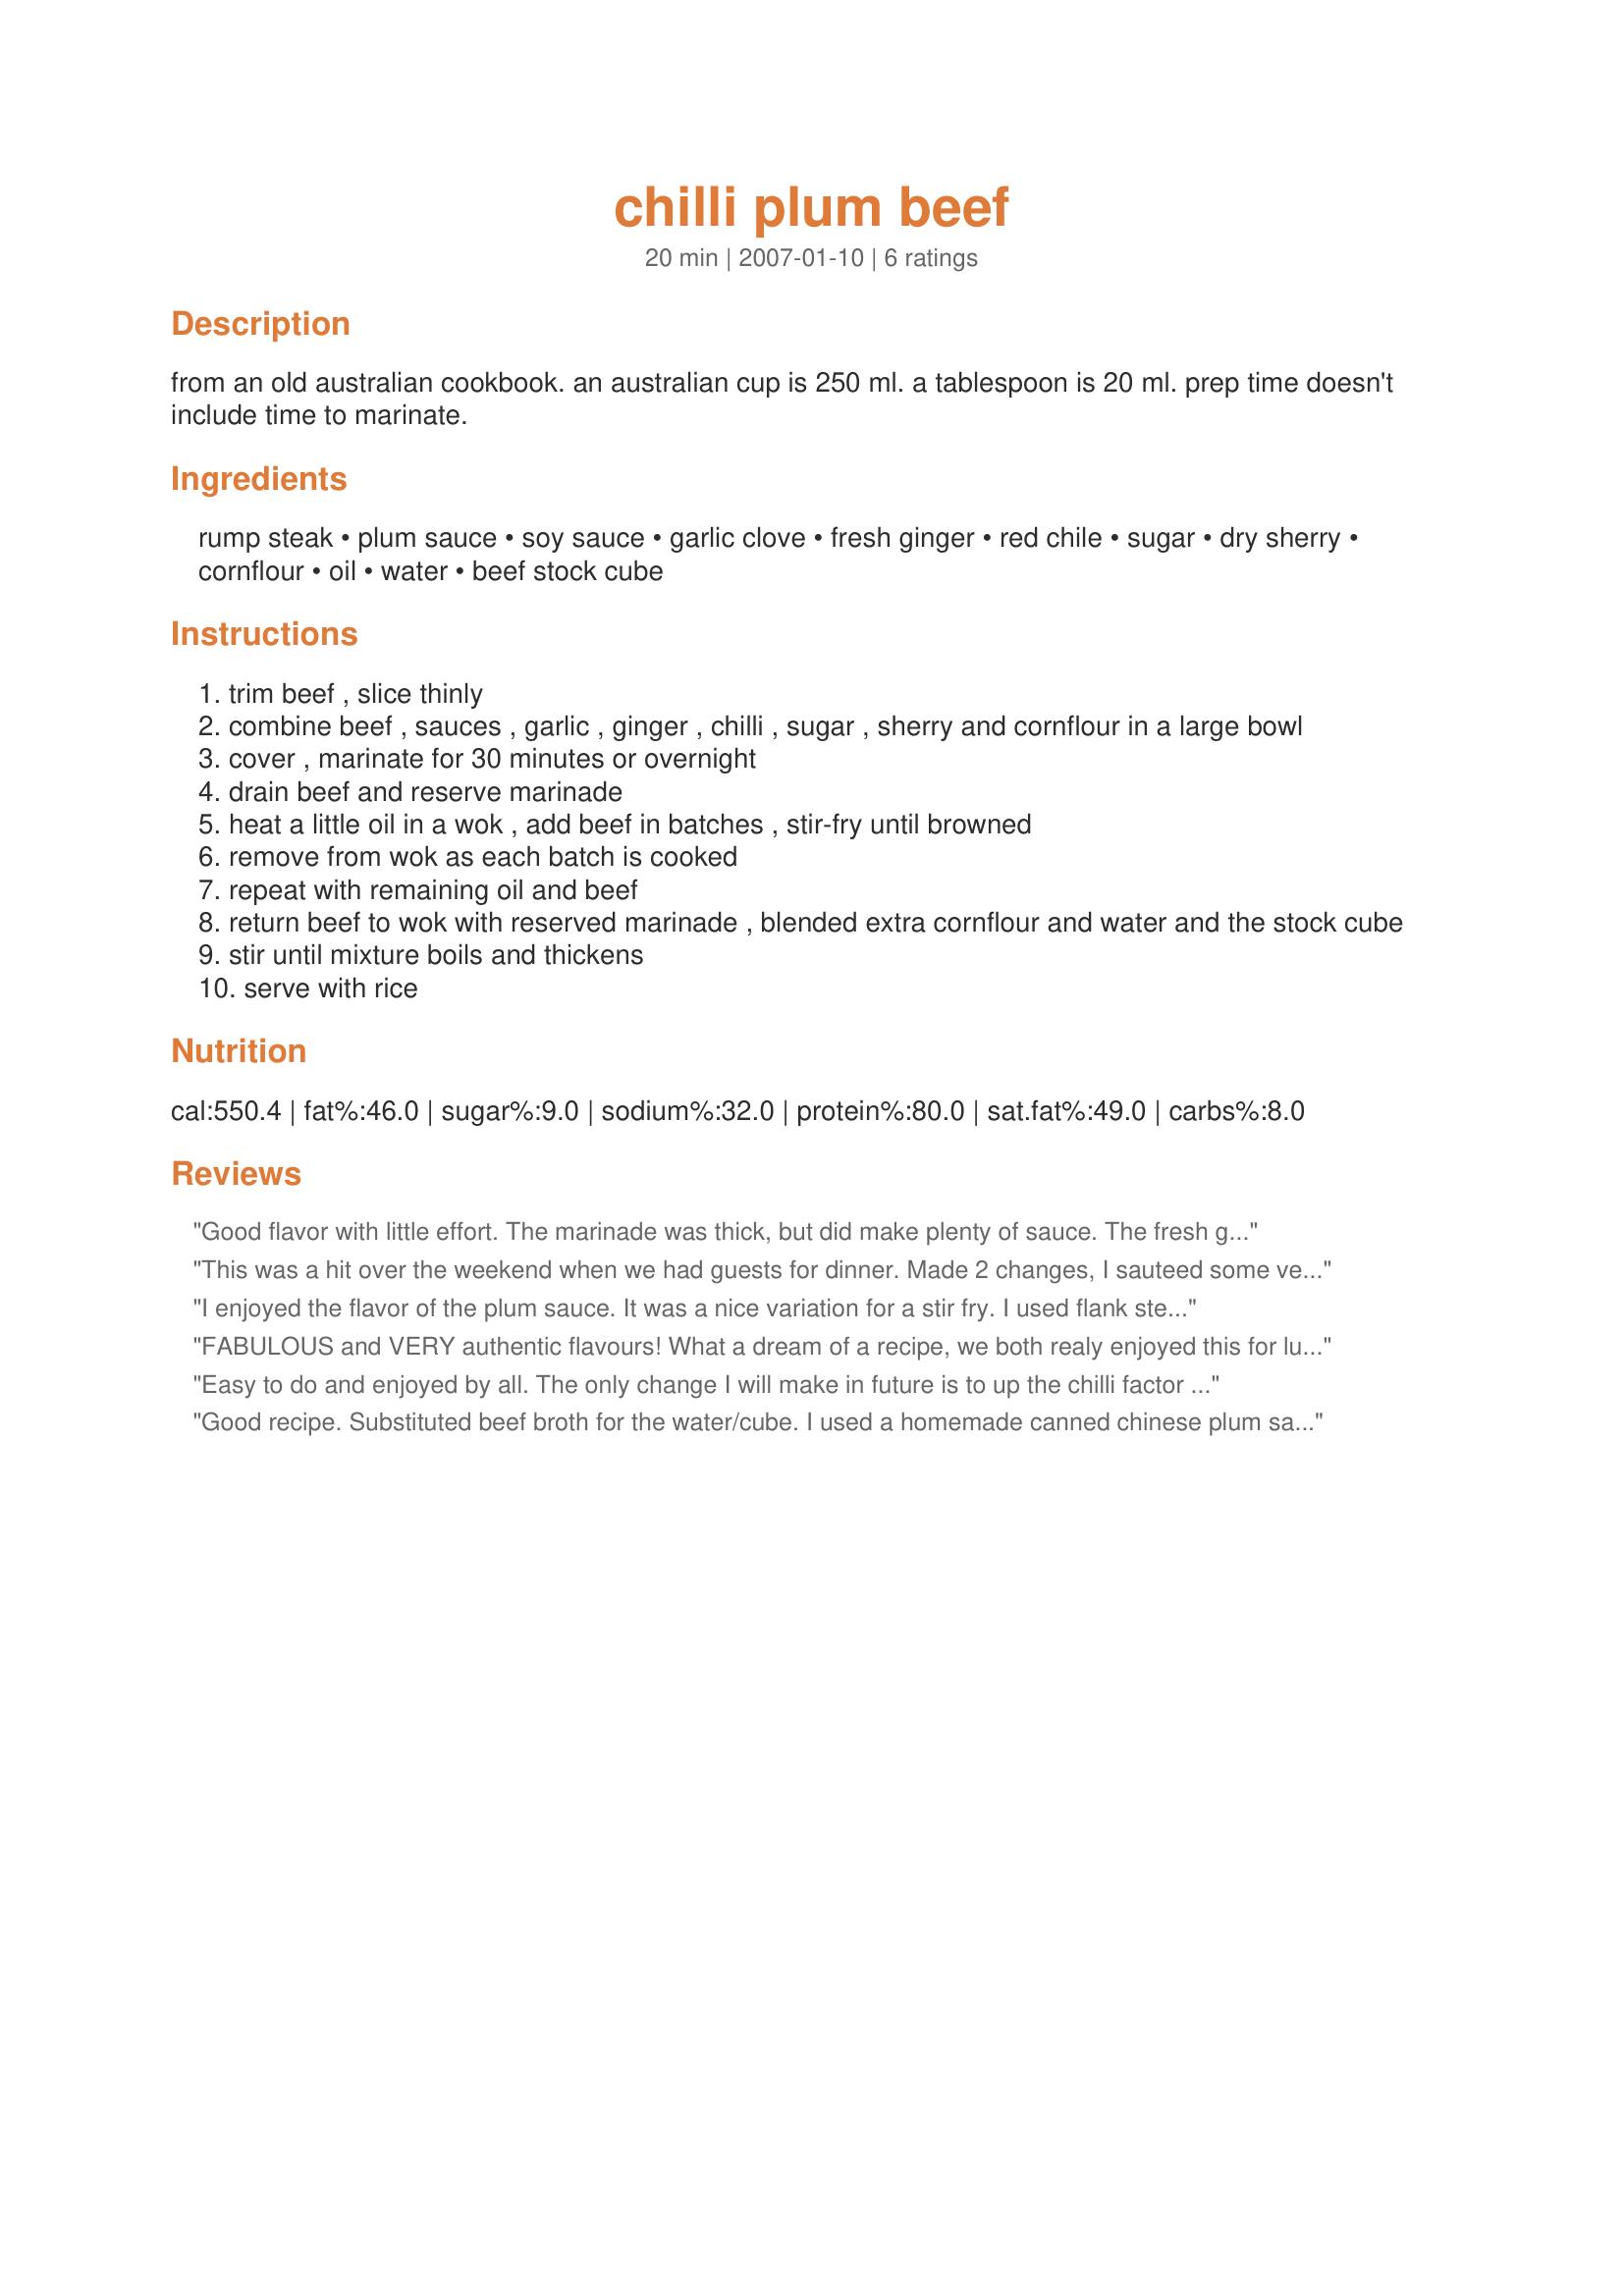
chilli plum beef
Preparation time: 20 minutes

from an old australian cookbook. an australian cup is 250 ml. a tablespoon is 20 ml. prep time doesn't include time to marinate.

Ingredients:
rump steak, plum sauce, soy sauce, garlic clove, fresh ginger, red chile, sugar, dry sherry, cornflour, oil, water, beef stock cube

Steps:
trim beef , slice thinly
combine beef , sauces , garlic , ginger , chilli , sugar , sherry and cornflour in a large bowl
cover , marinate for 30 minutes or overnight
drain beef and reserve marinade
heat a little oil in a wok , add beef in batches , stir-fry until browned
remove from wok as each batch is cooked
repeat with remaining oil and beef
return beef to wok with reserved marinade , blended extra cornflour and water and the stock cube
stir until mixture boils and thickens
serve with rice

Reviews:
Good flavor with little effort. The marinade was thick, but did make plenty of sauce. The fresh ginger added a nice zing. I couldn't find red fresh chilis so I used dried and it came out just perfect. Thanks Jewelies! Made for Chinese/Vietnamese New Year Tag in Asian Forum.
This was a hit over the weekend when we had guests for dinner. Made 2 changes, I sauteed some veggies (pak choy, spring onions, red cabbage and red capsicum) and added drained sauce then heated until buubbly. I grilled the whole rump steak to med rare and then sliced very finely ( always across the grain!! ) and added to sauce and veg just before serving. Meat was the tenderest ever and veggies had a nice crunch! Only comment would be maybe make extra sauce if going to add veggies, so there is plenty to serve with rice or noodles! Will make again, a real nice flavour!!
I enjoyed the flavor of the plum sauce. It was a nice variation for a stir fry. I used flank steak because I find rump steak a little too tough. I also cooked this along with some extra veggies.
FABULOUS and VERY authentic flavours! What a dream of a recipe, we both realy enjoyed this for lunch, with plain boiled rice and stir-fry Chinese vegetables. My sauce was thick but still runny enough to coat the beef and mix in with the rice and veggies - the best bit about a good sauce! The recipe was well written and easy to follow, with not TOO many ingredients to create such an authentic flavour. I have no real tips to add other than go easy on the chilli pepper!! I should have taken the seeds out of mine, it was mind blowingly hot - but we LOVE it hot! A tangy, sweet, slightly hot, savoury and very deep flavoured sauce with meltingly tender beef - this is more than 5 stars for us - a WINNER thanks Jules! Made for the Asian Tag Game 2008. FT:-)
Easy to do and enjoyed by all. The only change I will make in future is to up the chilli factor (to about a tablespoon, depending on type of chilli used - no seeds though). At first I thought there would not be enough sauce (we like plenty over the rice) but there was enough. Was going to serve with stir fry vegetables but had to go for steamed.
Good recipe. Substituted beef broth for the water/cube. I used a homemade canned chinese plum sauce and it worked nicely. My plum sauce was abit on the tart side but it matched nicely with the other ingredients. Thanks for sharing.
